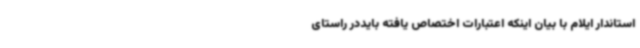
استاندار ایلام با بیان اینکه اعتبارات اختصاص یافته بایددر راستای